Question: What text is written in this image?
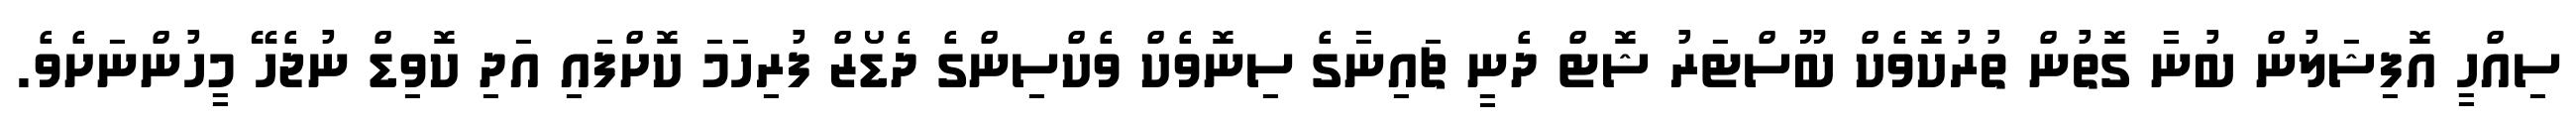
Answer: ސިއްހީ އޮފިޝަލުން ބުނާ ގޮތުން ތުރުކޮވެކް ބޫސްޓަރު ޝޮޓް ދެނީ ޗައިނާގެ ސިނޮވެކް ވެކްސިންގެ ދެޑޯޒް ފުރިހަމަ ކޮށްފައި އަދި ކޮވިޑް ނުޖެހޭ މީހުންނަށެވެ.